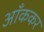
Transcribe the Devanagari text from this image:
आँककर